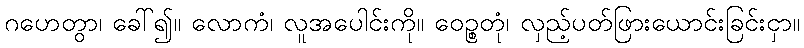
ဂဟေတွာ၊ ခေါ်၍။ လောကံ၊ လူအပေါင်းကို။ ဝေဉ္စတုံ၊ လှည့်ပတ်ဖြားယောင်းခြင်းငှာ။